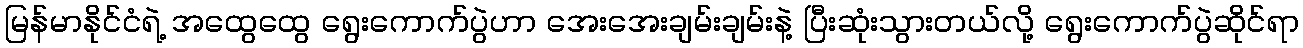
မြန်မာနိုင်ငံရဲ့ အထွေထွေ ရွေးကောက်ပွဲဟာ အေးအေးချမ်းချမ်းနဲ့ ပြီးဆုံးသွားတယ်လို့ ရွေးကောက်ပွဲဆိုင်ရာ